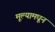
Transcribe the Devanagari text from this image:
मूल्यामधून